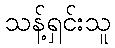
သန့်ရှင်းသူ